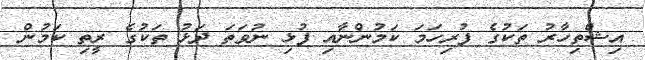
އިޝްތިހާރު ތަކުގެ ފުރިހަމަ ކަމުންނާއި ފުޅި ނުވަތަ ދަޅު ތަކުގެ ރީތި ކަމުން